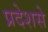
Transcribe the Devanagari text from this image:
प्रदेशसे